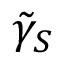
\tilde { \gamma } _ { S }